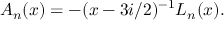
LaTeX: A _ { n } ( x ) = - ( x - 3 i / 2 ) ^ { - 1 } { \cal L } _ { n } ( x ) .